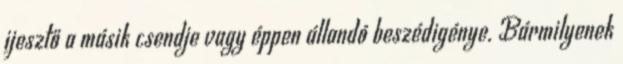
ijesztő a másik csendje vagy éppen állandó beszédigénye. Bármilyenek